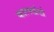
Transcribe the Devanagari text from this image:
कालखंडो